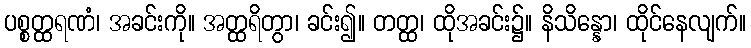
ပစ္စတ္ထရဏံ၊ အခင်းကို။ အတ္ထရိတွာ၊ ခင်း၍။ တတ္ထ၊ ထိုအခင်း၌။ နိသိန္နော၊ ထိုင်နေလျက်။